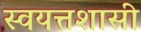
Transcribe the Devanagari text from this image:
स्वयत्तशासी